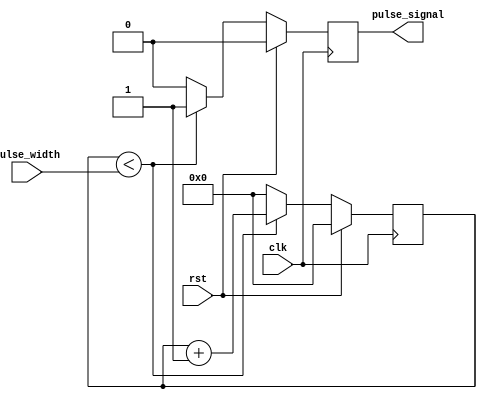
module VariablePulseWidthGenerator (
    input wire clk,
    input wire rst,
    input wire [7:0] pulse_width,
    output reg pulse_signal
);

reg [7:0] counter;

always @(posedge clk) begin
    if (rst) begin
        pulse_signal <= 1'b0;
        counter <= 8'b0;
    end else begin
        if (counter < pulse_width) begin
            pulse_signal <= 1'b1;
            counter <= counter + 1;
        end else begin
            pulse_signal <= 1'b0;
            counter <= 8'b0;
        end
    end
end

endmodule